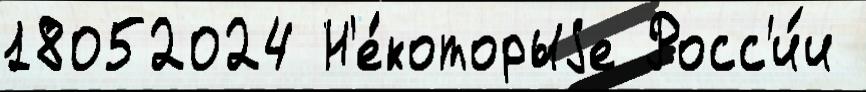
18052024 Н'е́которыjе Росс'и́и